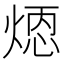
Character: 𪹄